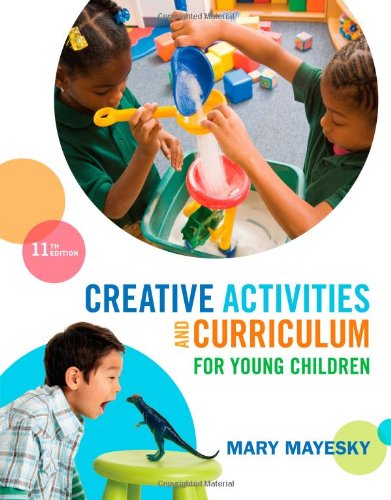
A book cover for Creative Activities and Curriculum for Young Children; Mary Mayesky; Parenting & Relationships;